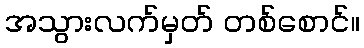
အသွားလက်မှတ် တစ်စောင်။